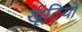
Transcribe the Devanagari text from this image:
खूटियों